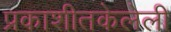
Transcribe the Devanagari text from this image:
प्रकाशीतकेलेली